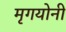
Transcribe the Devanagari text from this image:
मृगयोनी